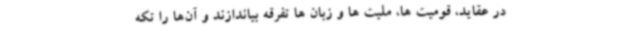
در عقاید، قومیت ها، ملیت ها و زبان ها تفرقه بیاندازند و آن‌ها را تکه